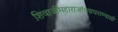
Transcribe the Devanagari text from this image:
शिवाजीमहाराजांच्याघराण्याशी